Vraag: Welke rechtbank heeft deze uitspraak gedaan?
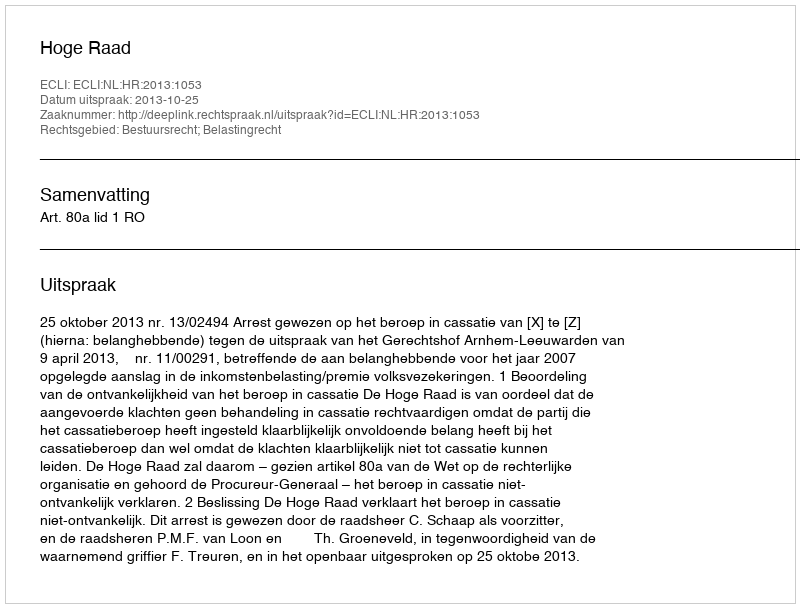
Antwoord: Hoge Raad